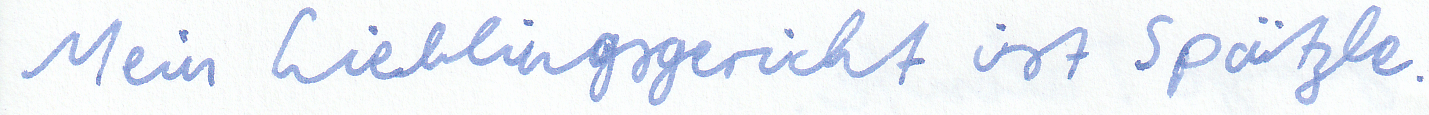
Mein Lieblingsgericht ist Spätzle.